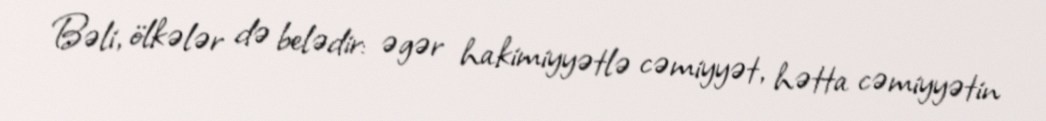
Bəli, ölkələr də belədir: əgər hakimiyyətlə cəmiyyət, hətta cəmiyyətin